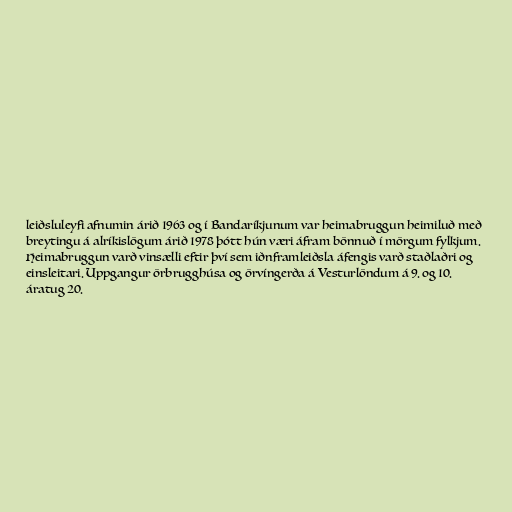
leiðsluleyfi afnumin árið 1963 og í Bandaríkjunum var heimabruggun heimiluð með
breytingu á alríkislögum árið 1978 þótt hún væri áfram bönnuð í mörgum fylkjum.
Heimabruggun varð vinsælli eftir því sem iðnframleiðsla áfengis varð staðlaðri og
einsleitari. Uppgangur örbrugghúsa og örvíngerða á Vesturlöndum á 9. og 10.
áratug 20.